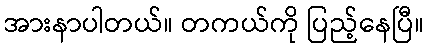
အားနာပါတယ်။ တကယ်ကို ပြည့်နေပြီ။